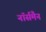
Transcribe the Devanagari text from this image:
नॉर्समैन